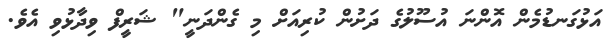
އަޅުގަނޑުމެން އޮންނަ އުސޫލުގެ ދަށުން ކުރިއަށް މި ގެންދަނީ" ޝަރީފް ވިދާޅުވި އެވެ.